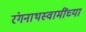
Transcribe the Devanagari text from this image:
रंगनाथस्वामींच्या